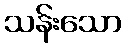
သန်းသော